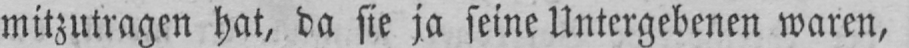
mitzutragen hat, da sie ja seine Untergebenen waren,